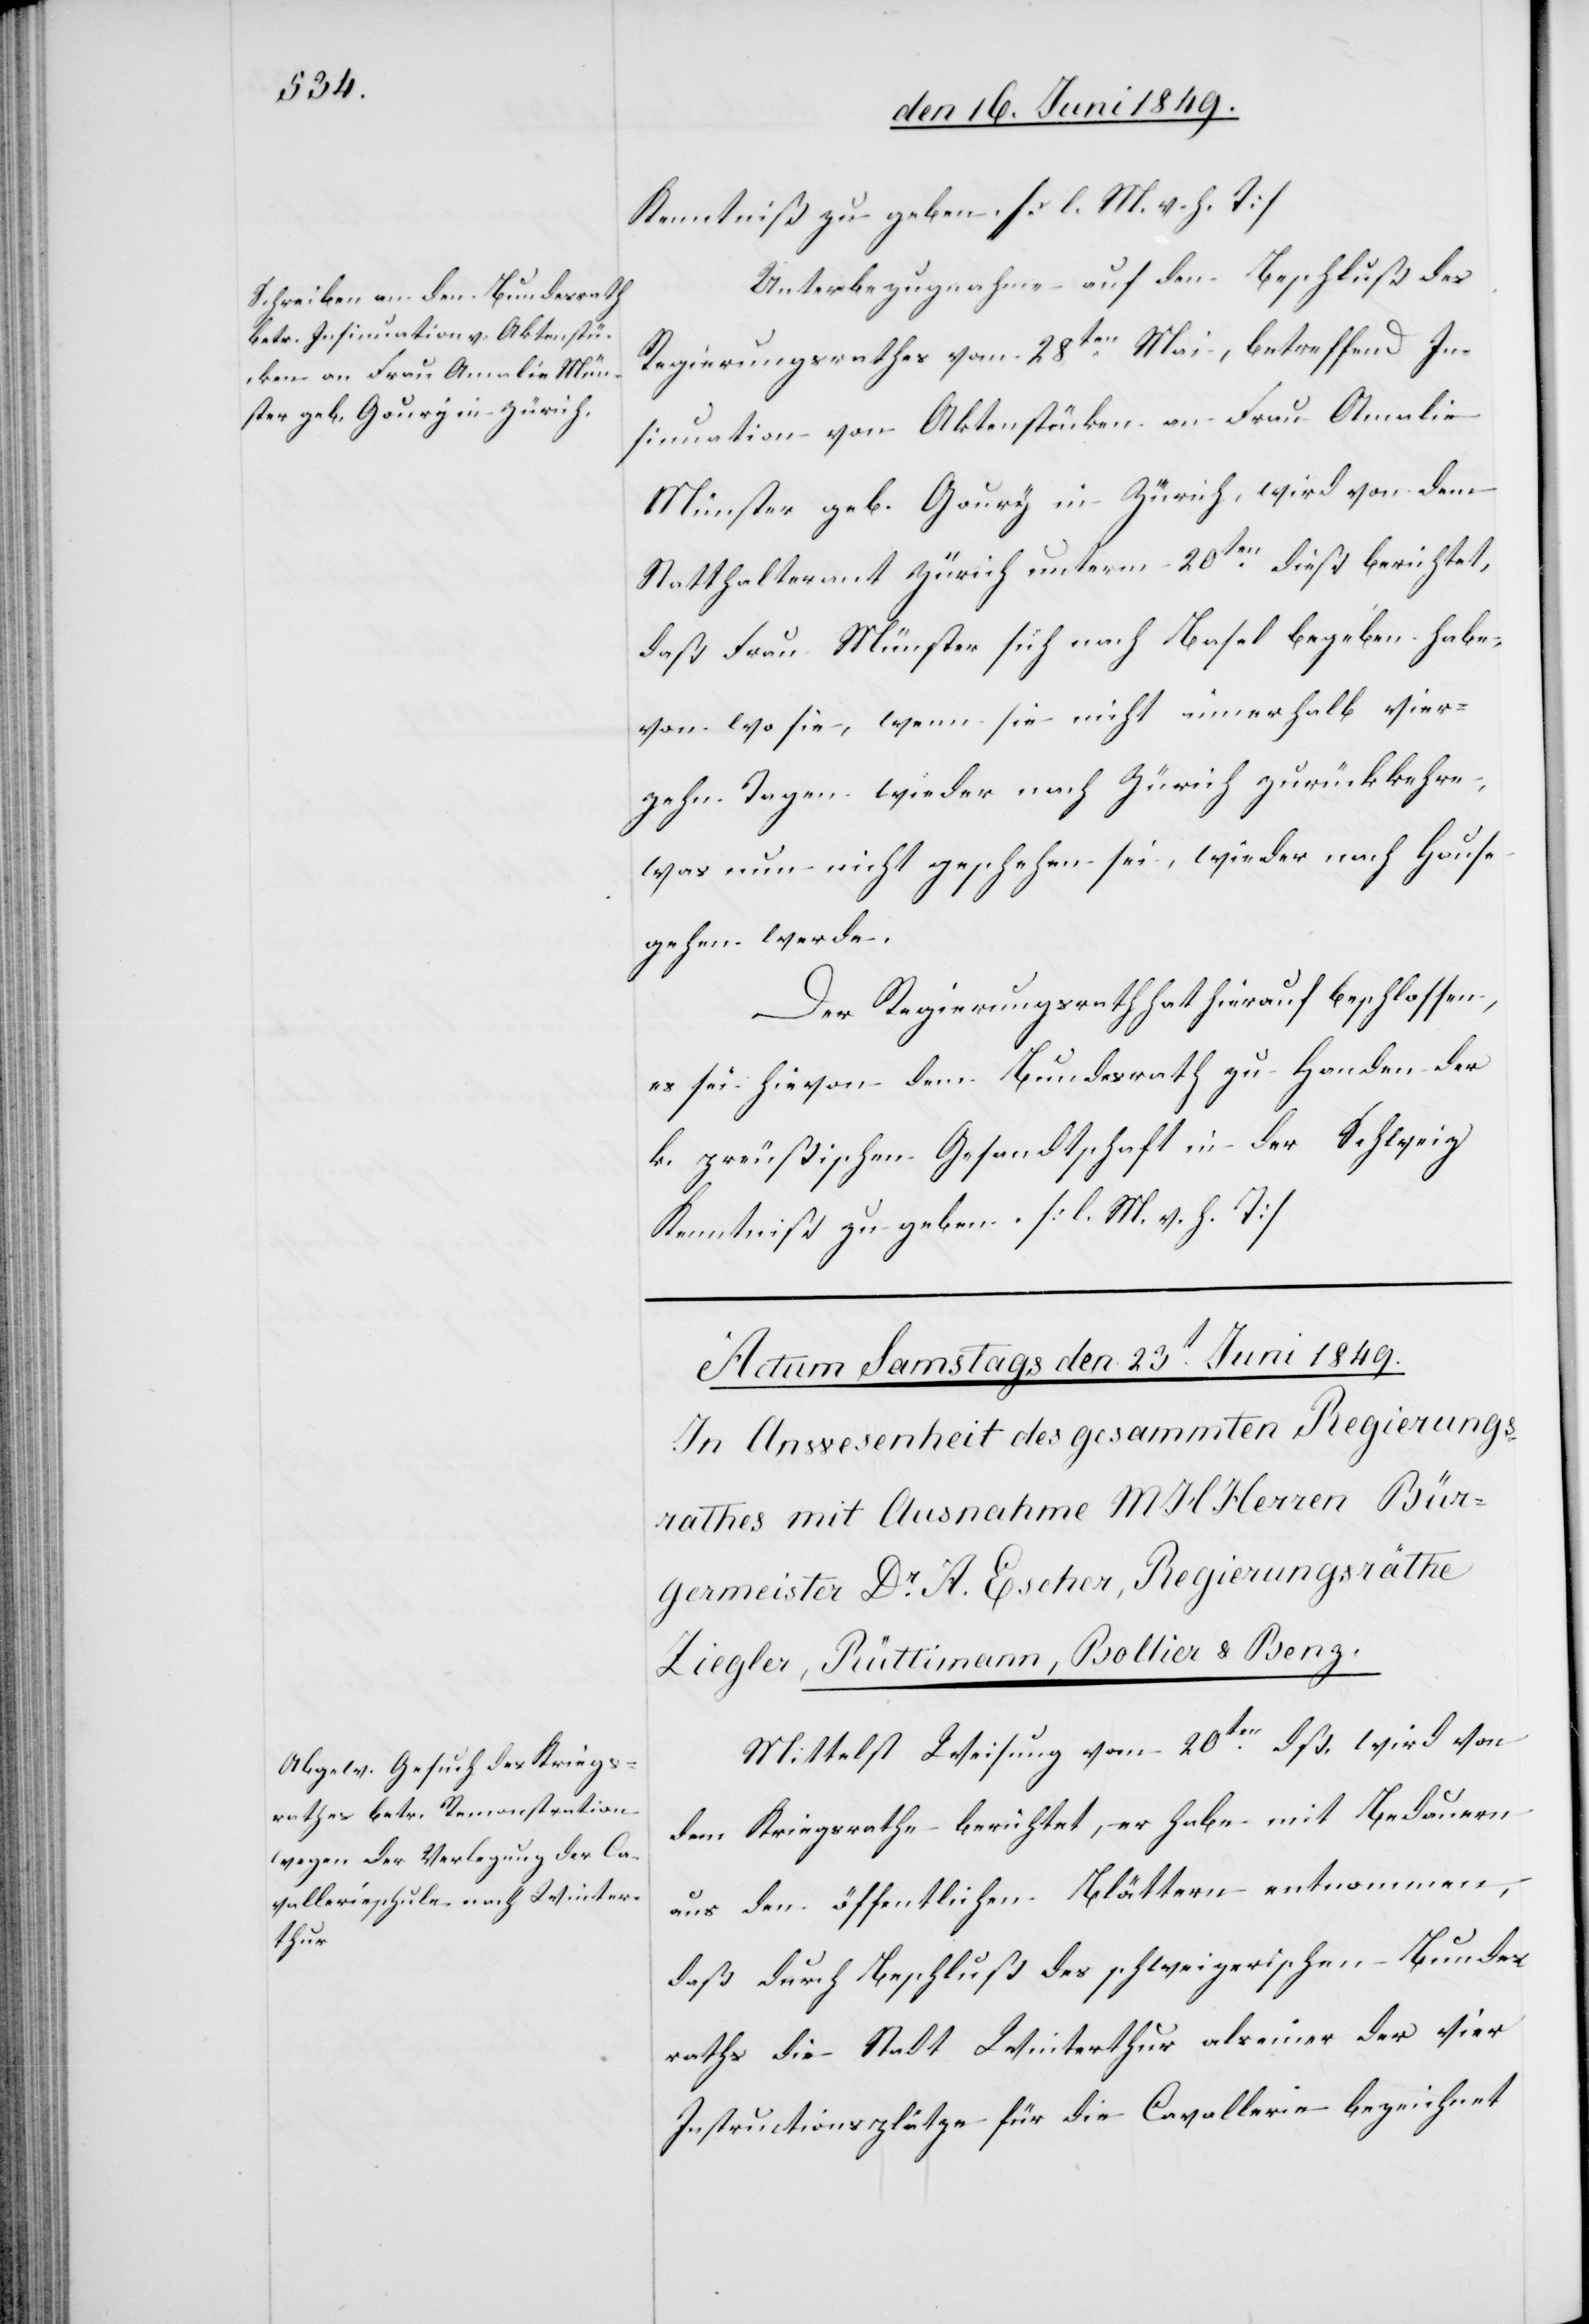
den 22. Juni 1849.]
Unterbezugnahme auf den Beschluß des
Regierungsrathes vom 28ten Mai, betreffend In¬
sinuation von Aktenstücken an Frau Amalie
Münster geb. Goury in Zürich, wird von dem
Statthalteramt Zürich unterm 20ten dieß berichtet,
daß Frau Münster sich nach Basel begeben habe
von wo sie, wenn sie nicht innerhalb vier¬
zehn Tagen wieder nach Zürich zurückkehre,
was nun nicht geschehen sei, wieder nach Hause
gehen werde.
Der Regierungsrath hat hierauf beschlossen,
es sei hievon dem Bundesrath zu Handen der
k. preußischen Gesandtschaft in der Schweiz
Kenntniß zu geben. [l. M. h. T]
Mittelst Weisung vom 20ten dß. wird von
dem Kriegsrathe berichtet, er habe mit Bedauern
aus den öffentlichen Blättern entnommen,
daß durch Beschluß des schweizerischen Bundes¬
raths die Stadt Winterthur als einer der vier
Instructionsplätze für die Cavallerie bezeichnet